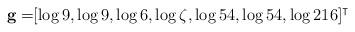
LaTeX: \begin{align*}\mathbf{g}=&[\log 9,\log 9,\log 6,\log \zeta,\log 54,\log 54,\log 216]^\intercal\end{align*}